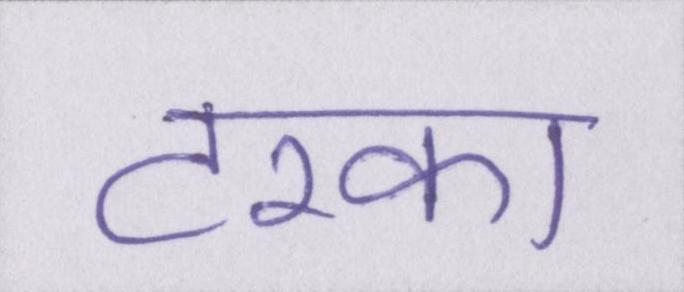
टरका